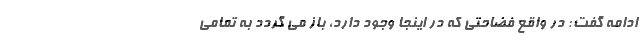
ادامه گفت: در واقع فضاحتی که در اینجا وجود دارد، باز می گردد به تمامی